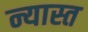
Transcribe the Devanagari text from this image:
न्यास्त